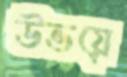
উভয়ে